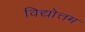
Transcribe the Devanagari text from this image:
विद्योत्तम